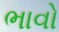
ભાવો